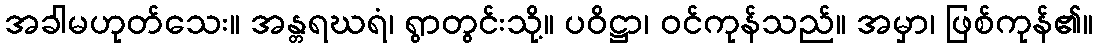
အခါမဟုတ်သေး။ အန္တရဃရံ၊ ရွာတွင်းသို့။ ပဝိဋ္ဌာ၊ ဝင်ကုန်သည်။ အမှာ၊ ဖြစ်ကုန်၏။